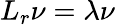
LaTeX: L_{r}\nu=\lambda\nu